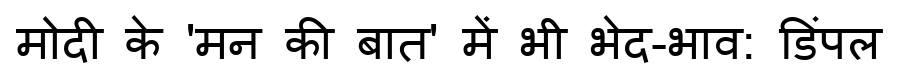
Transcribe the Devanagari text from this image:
मोदी के 'मन की बात' में भी भेद-भाव: डिंपल